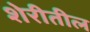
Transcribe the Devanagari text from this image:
शेरीतील